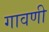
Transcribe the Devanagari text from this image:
गावणी